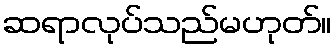
ဆရာလုပ်သည်မဟုတ်။